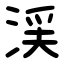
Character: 渓